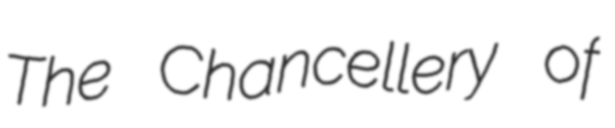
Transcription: The Chancellery of